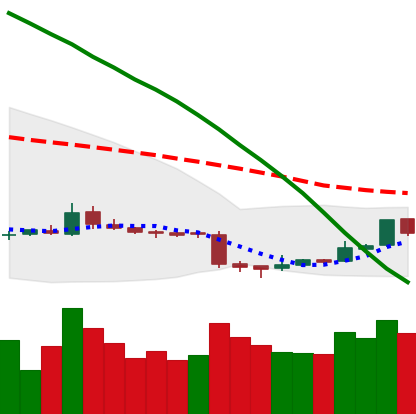
Ticker: ETC-USD
Chart end date: 2018-11-07
Forward return: -4.598%
Label: down_3_5